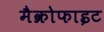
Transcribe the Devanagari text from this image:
मैक्रोफाइट